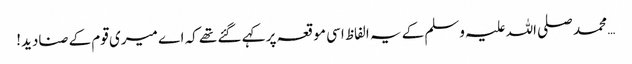
… محمد صلی اللہ علیہ وسلم کے یہ الفاظ اسی موقعہ پر کہے گئے تھے کہ اے میری قوم کے صنادید!